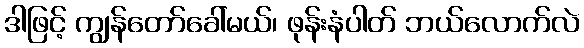
ဒါဖြင့် ကျွန်တော်ခေါ်မယ်၊ ဖုန်းနံပါတ် ဘယ်လောက်လဲ